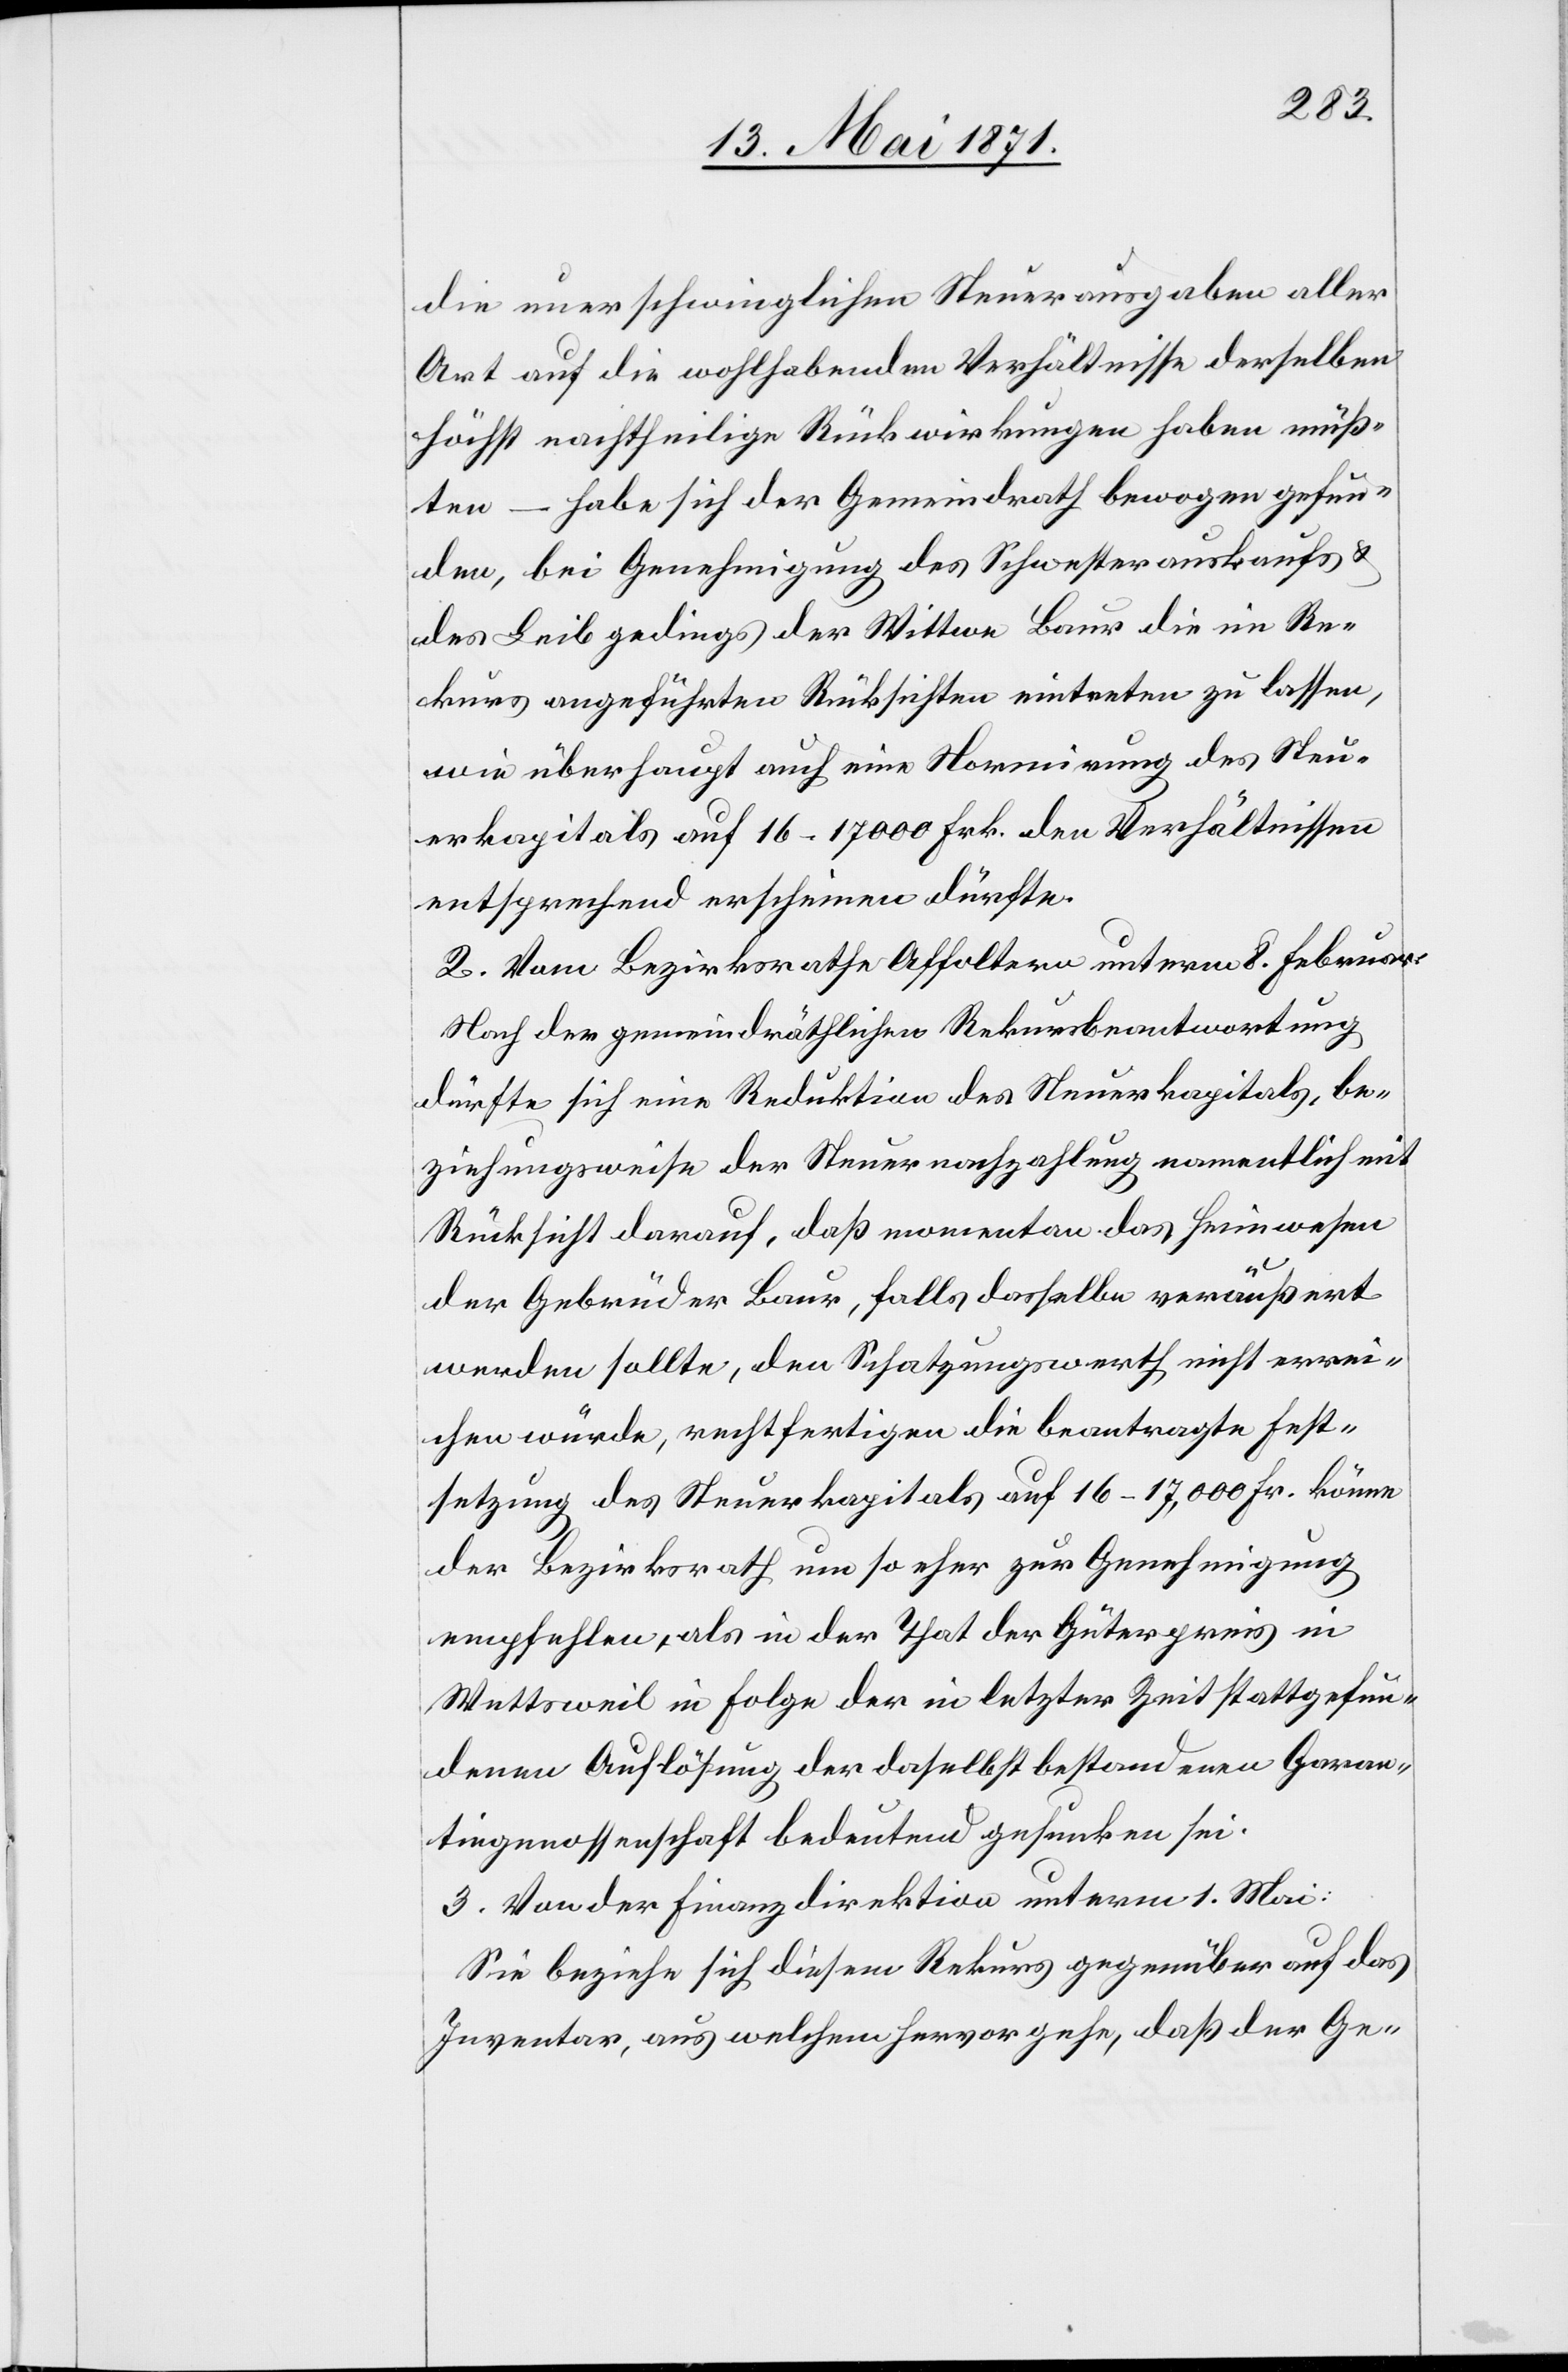
die neuerschwinglichen Steuerausgaben aller
Art auf die wohlhabenden Verhältnisse derselben
höchst nachtheilige Rückwirkungen haben müß¬
ten – habe sich der Gemeindrath bewogen gefun¬
den, bei Genehmigung des Schwesterauskaufs u.
des Leibgedings der Wittwe Baur die im Re¬
kurs angeführten Rücksichten eintreten zu lassen,
wie überhaupt auch eine Normirung des Steu¬
erkapitals auf 16–17000 Frk. den Verhältnissen
entsprechend erscheinen dürfte.
2. Vom Bezirksrathe Affoltern unterm 8. Februar:
Nach der gemeindräthlichen Rekursbeantwortung
dürfte sich eine Reduktion des Steuerkapitals, be¬
ziehungsweise der Steuernachzahlung namentlich mit
Rücksicht darauf, daß momentan das Heimwesen
der Gebrüder Baur, falls dasselbe veräußert
werden sollte, den Schatzungswerth nicht errei¬
chen würde, rechtfertigen die beantragte Fest¬
setzung des Steuerkapitals auf 16–17,000 Fr. könne
der Bezirksrath um so eher zur Genehmigung
empfehlen, als in der That der Güterpreis in
Wettsweil in Folge der in letzter Zeit stattgefun¬
denen Auflösung der daselbst bestandenen Garan¬
tiegenossenschaft bedeutend gesunken sei.
3. von der Finanzdirektion unterm 1. Mai:
Sie beziehe sich diesem Rekurs gegenüber auf das
Inventar, aus welchem hervorgehe, daß der Ge-